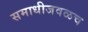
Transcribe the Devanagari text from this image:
समाधीजवळच